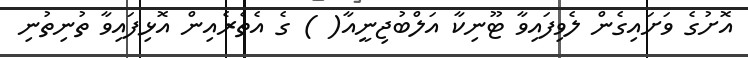
އޮށުގެ ވަށައިގެން ލެވިފައިވާ ޓޫނިކާ އަލްބުޖިނީއާ( ) ގެ އެތެރެއިން އޮޅިފައިވާ ތުނިތުނި